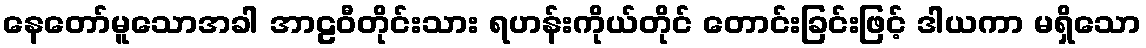
နေတော်မူသောအခါ အာဠဝီတိုင်းသား ရဟန်းကိုယ်တိုင် တောင်းခြင်းဖြင့် ဒါယကာ မရှိသော